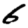
Digit: 6